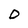
Character: 0